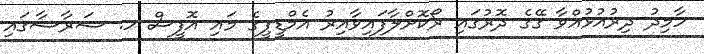
ހާމިދު ދިރުއުޅުއްވާ ގޭގެ ދޮރުގައި ރޯކޮށްލާފައިވާއިރު އެމްޑީޕީގެ މައި އޮފީސް ހ. ސަރާސާގައި